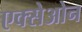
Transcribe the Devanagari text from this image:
एक्सेओन